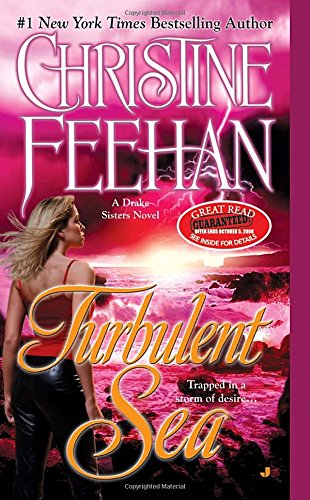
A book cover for Turbulent Sea (Drake Sisters, Book 6); Christine Feehan; Literature & Fiction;